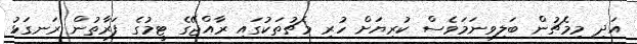
އަދި މިމެޗުން ބަލިވިނަމަވެސް ކުރިޔަށް ހުރި މެޗުތަކުގައި ރާއްޖޭގެ ޓީމުގެ ފަރާތުން ރަނގަޅު